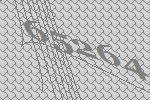
65264